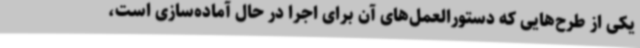
یکی از طرح‌هایی که دستورالعمل‌های آن برای اجرا در حال آماده‌سازی است،